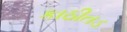
કાઠીતડ